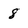
Character: 8